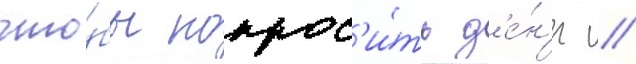
что́бы попрос'и́ть д'е́н'ег //